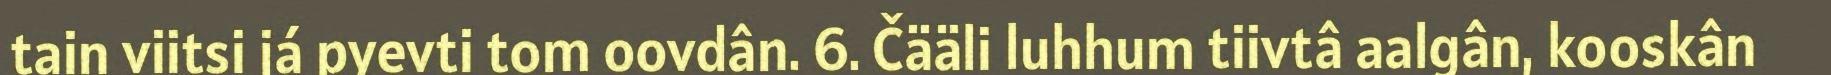
tain viitsi já pyevti tom oovdân. 6. Čääli luhhum tiivtâ aalgân, kooskân